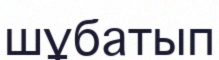
шұбатып